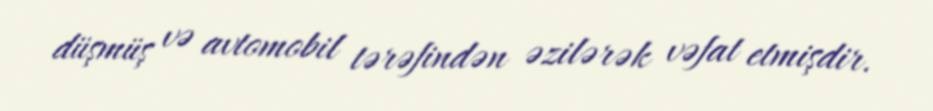
düşmüş və avtomobil tərəfindən əzilərək vəfat etmişdir.